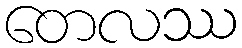
တေလဿ